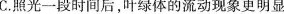
C.照光一段时间后，叶绿体的流动现象更明显